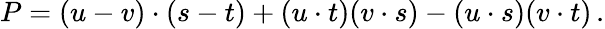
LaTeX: P=(u-v)\cdot(s-t)+(u\cdot t)(v\cdot s)-(u\cdot s)(v\cdot t)\, .